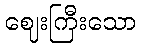
ဈေးကြီးသော